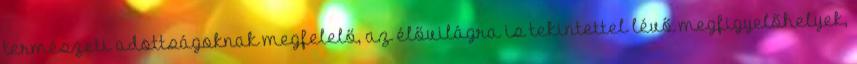
természeti adottságoknak megfelelő, az élővilágra is tekintettel lévő megfigyelőhelyek,